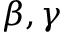
\beta , \gamma